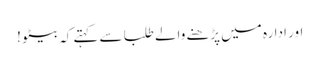
اور ادارہ میں پڑھنے والے طلبا سے کہتے کہ بیٹو !